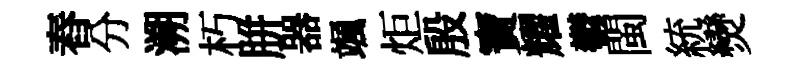
舂分溯朽胼器颯炬殷寶耀鬱閩統𤓖